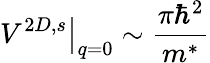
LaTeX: {\left.V^{2D,s}\right|}_{q=0}\sim\frac{\pi{\hbar}^{2}}{m^{*}}